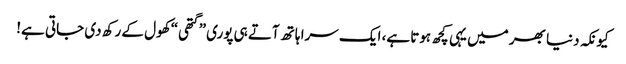
کیونکہ دنیا بھر میں یہی کچھ ہوتا ہے، ایک سرا ہاتھ آتے ہی پوری ”گتھی“ کھول کے رکھ دی جاتی ہے!